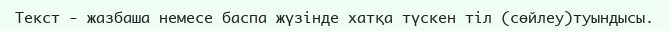
Текст - жазбаша немесе баспа жүзінде хатқа түскен тіл (сөйлеу)туындысы.